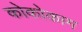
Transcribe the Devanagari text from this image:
कोकोकाम